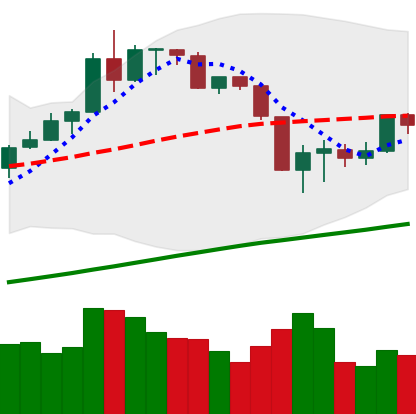
Ticker: BTC-USD
Chart end date: 2019-08-20
Forward return: -5.804%
Label: down_5_7